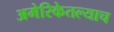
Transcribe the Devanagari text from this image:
अमेरिकेतल्याच